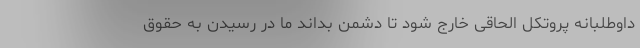
داوطلبانه پروتکل الحاقی خارج شود تا دشمن بداند ما در رسیدن به حقوق